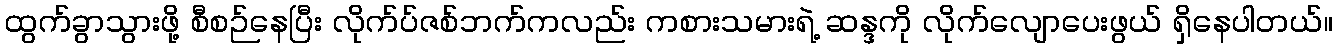
ထွက်ခွာသွားဖို့ စီစဉ်နေပြီး လိုက်ပ်ဇစ်ဘက်ကလည်း ကစားသမားရဲ့ ဆန္ဒကို လိုက်လျောပေးဖွယ် ရှိနေပါတယ်။